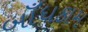
બાઁધકામ